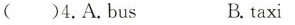
( )4.A.bus B. taxi